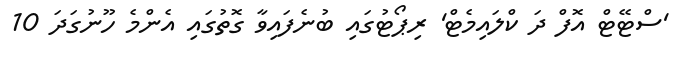
'ސްޓޭޓް އޮފް ދަ ކްލައިމެޓް' ރިޕޯޓުގައި ބުނެފައިވާ ގޮތުގައި އެންމެ ހޫނުގަދަ 10